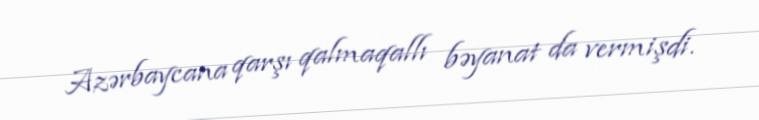
Azərbaycana qarşı qalmaqallı bəyanat da vermişdi.